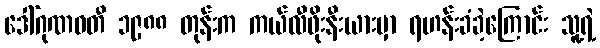
ဒေါ်ဂုဏဝတီ ၁၉၈၈ တုန်းက ကယ်လီဖိုးနီးယားမှာ ရဟန်းခံခဲ့ကြောင်း သူ့ရဲ့